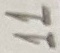
Text: 11